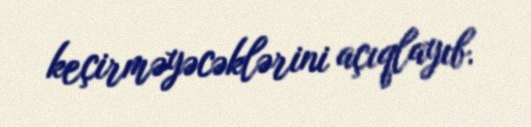
keçirməyəcəklərini açıqlayıb.